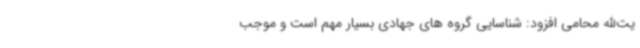
یت‌الله محامی افزود: شناسایی گروه های جهادی بسیار مهم است و موجب